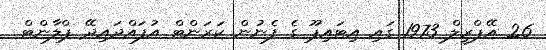
26 އޭޕްރީލް 1973 ގައި އިޓައިޕޫ ގެ ފެނުން ކަރަންޓް އުފައްދައިދޭ ޕްލާންޓް